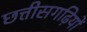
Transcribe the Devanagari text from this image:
छत्तीसगढ़ियों